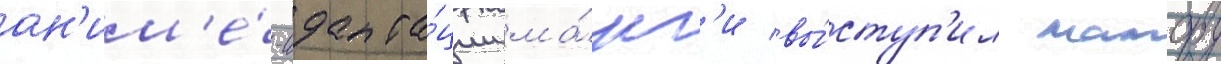
ан'им'е́-адапта́ции ма́нг'и вы́ступ'ил мамору